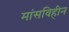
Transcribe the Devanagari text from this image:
मांसविहीन